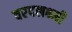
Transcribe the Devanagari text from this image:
वरदलक्ष्मी